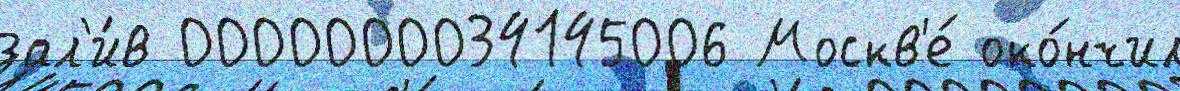
зал'и́в 0000000034145006 Москв'е́ око́нчил